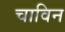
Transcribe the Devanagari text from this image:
चाविन